Morphology and life history of Herpetomonas culicis, Novy, MacNeal and Torrey - Number 57
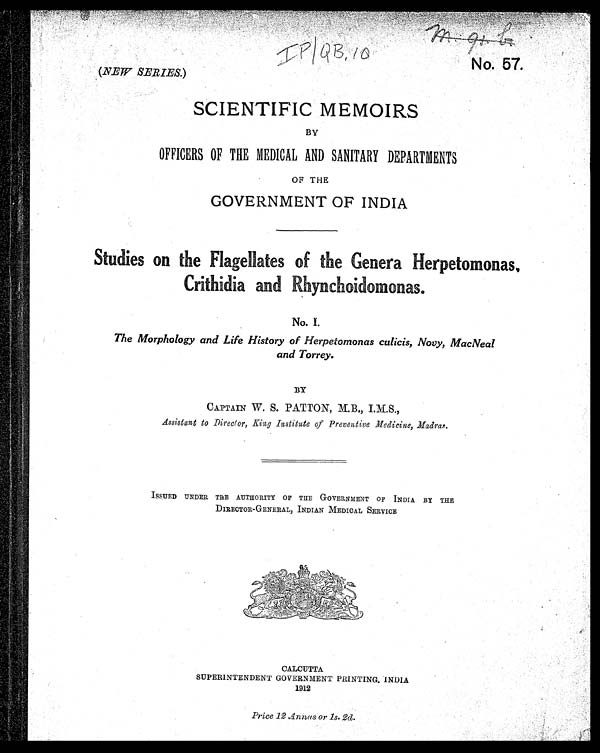
m . 9 1 . c .
IP|QB, 10
No. 57.
(NEW SERIES.)
SCIENTIFIC MEMOIRS
BY
OFFICERS OF THE MEDICAL AND SANITARY DEPARTMENTS
OF THE
GOVERNMENT OF INDIA
Studies on the Flagellates of the Genera Herpetomonas.
C r i t h i d i a a n d R h y n c h o i d o m o n a s .
No. I.
The Morphology and Life History of Herpetomonas culicis, Novy, MacNeal
and Torrey.
CAPTAIN W. S. PATTON, M.B., I.M.S.,
Assistant to Director, King Institute of Preventive Medicine, Madras.
ISSUED UNDER THE AUTHORITY OF THE GOVERNMENT OF INDIA. BY THE
DIRECTOR-GENERAL, INDIAN MEDICAL SERVICE
CALCUTTA
SUPERINTENDENT GOVERNMENT PRINTING, INDIA
1912
Price 12 Annas or 1s. 2d.